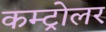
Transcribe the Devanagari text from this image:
कम्ट्रोलर